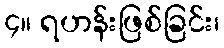
၄။ ရဟန်းဖြစ်ခြင်း၊